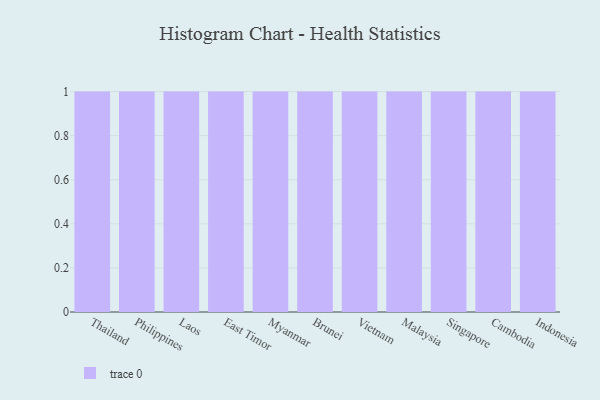
{"axis": {"x": "Country", "y": "Website Visitors"}, "legend": [""], "data": [{"x": "Thailand", "y": 57, "type": ""}, {"x": "Philippines", "y": 43, "type": ""}, {"x": "Laos", "y": 54, "type": ""}, {"x": "East Timor", "y": 99, "type": ""}, {"x": "Myanmar", "y": 8, "type": ""}, {"x": "Brunei", "y": 27, "type": ""}, {"x": "Vietnam", "y": 22, "type": ""}, {"x": "Malaysia", "y": 6, "type": ""}, {"x": "Singapore", "y": 10, "type": ""}, {"x": "Cambodia", "y": 2, "type": ""}, {"x": "Indonesia", "y": 2, "type": ""}]}